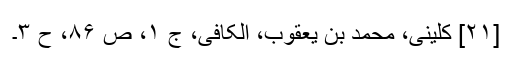
[۲۱] کلینی، محمد بن یعقوب، الکافی، ج ۱، ص ۸۶، ح ۳۔